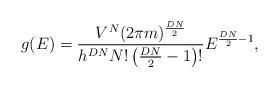
LaTeX: \begin{align*}g(E) = \frac{V^{N}(2\pi m)^{\frac{DN}{2}}}{h^{DN} N!\left(\frac{DN}{2}-1\right)!} E^{\frac{DN}{2}-1},\end{align*}